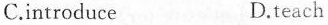
C.introduce D.teach